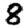
Digit: 8